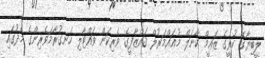
ލީބިޔާގެ ކުރީގެ ޒަޢީމް ކާނަލް މުޢައްމަރުލް ޤައްޒާފީގެ ވެރިކަން ވައްޓާލި ހަނގުރާމަވެރިންގެ މެދުގައި